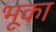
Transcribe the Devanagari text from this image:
भूका